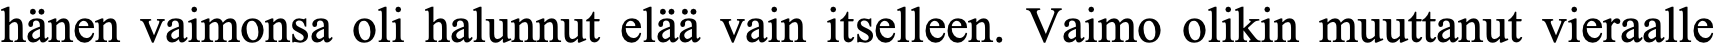
hänen vaimonsa oli halunnut elää vain itselleen. Vaimo olikin muuttanut vieraalle